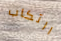
ارتكاب